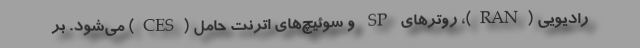
رادیویی (RAN)، روترهای SP و سوئیچ‌های اترنت حامل (CES) می‌شود. بر